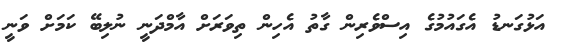
އަޅުގަނޑު އެގައުމުގެ އިސްވެރިން ގާތު އެހިން ތިވަރަށް އާމްދަނީ ނުލިބޭ ކަމަށް ވަނީ